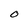
Character: O